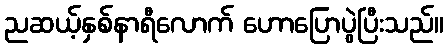
ညဆယ့်နှစ်နာရီလောက် ဟောပြောပွဲပြီးသည်။